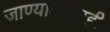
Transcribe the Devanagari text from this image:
जाण्यावरूनही